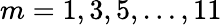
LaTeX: m=1,3,5,\ldots,11